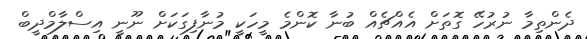
ދެންތިމާ ނުރުހޭ ގޮތަށް އެއްޗެއް ބުނާ ކޮންމެ މީހަކީ މުނާފިގަކަށް ނޫނީ އިސްލާމްދީބް